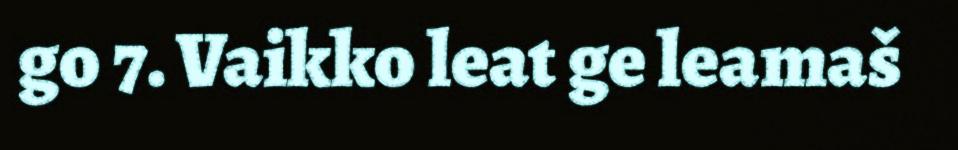
go 7. Vaikko leat ge leamaš